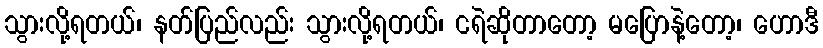
သွားလို့ရတယ်၊ နတ်ပြည်လည်း သွားလို့ရတယ်၊ ငရဲဆိုတာတော့ မပြောနဲ့တော့၊ ဟောဒီ